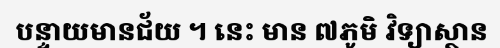
បន្ទាយមានជ័យ ។ នេះ មាន ៧ភូមិ វិទ្យាស្ថាន